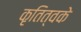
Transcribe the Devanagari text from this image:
कृतित्वके